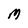
Character: M